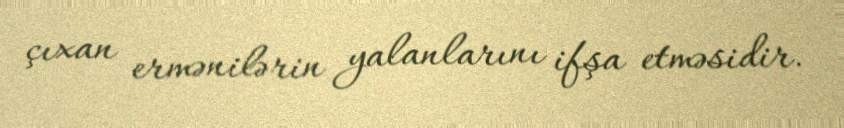
çıxan ermənilərin yalanlarını ifşa etməsidir.